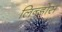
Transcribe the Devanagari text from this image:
लिन्डोस